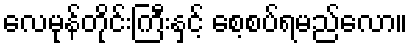
လေမုန်တိုင်းကြီးနှင့် စေ့စပ်ရမည်လော။